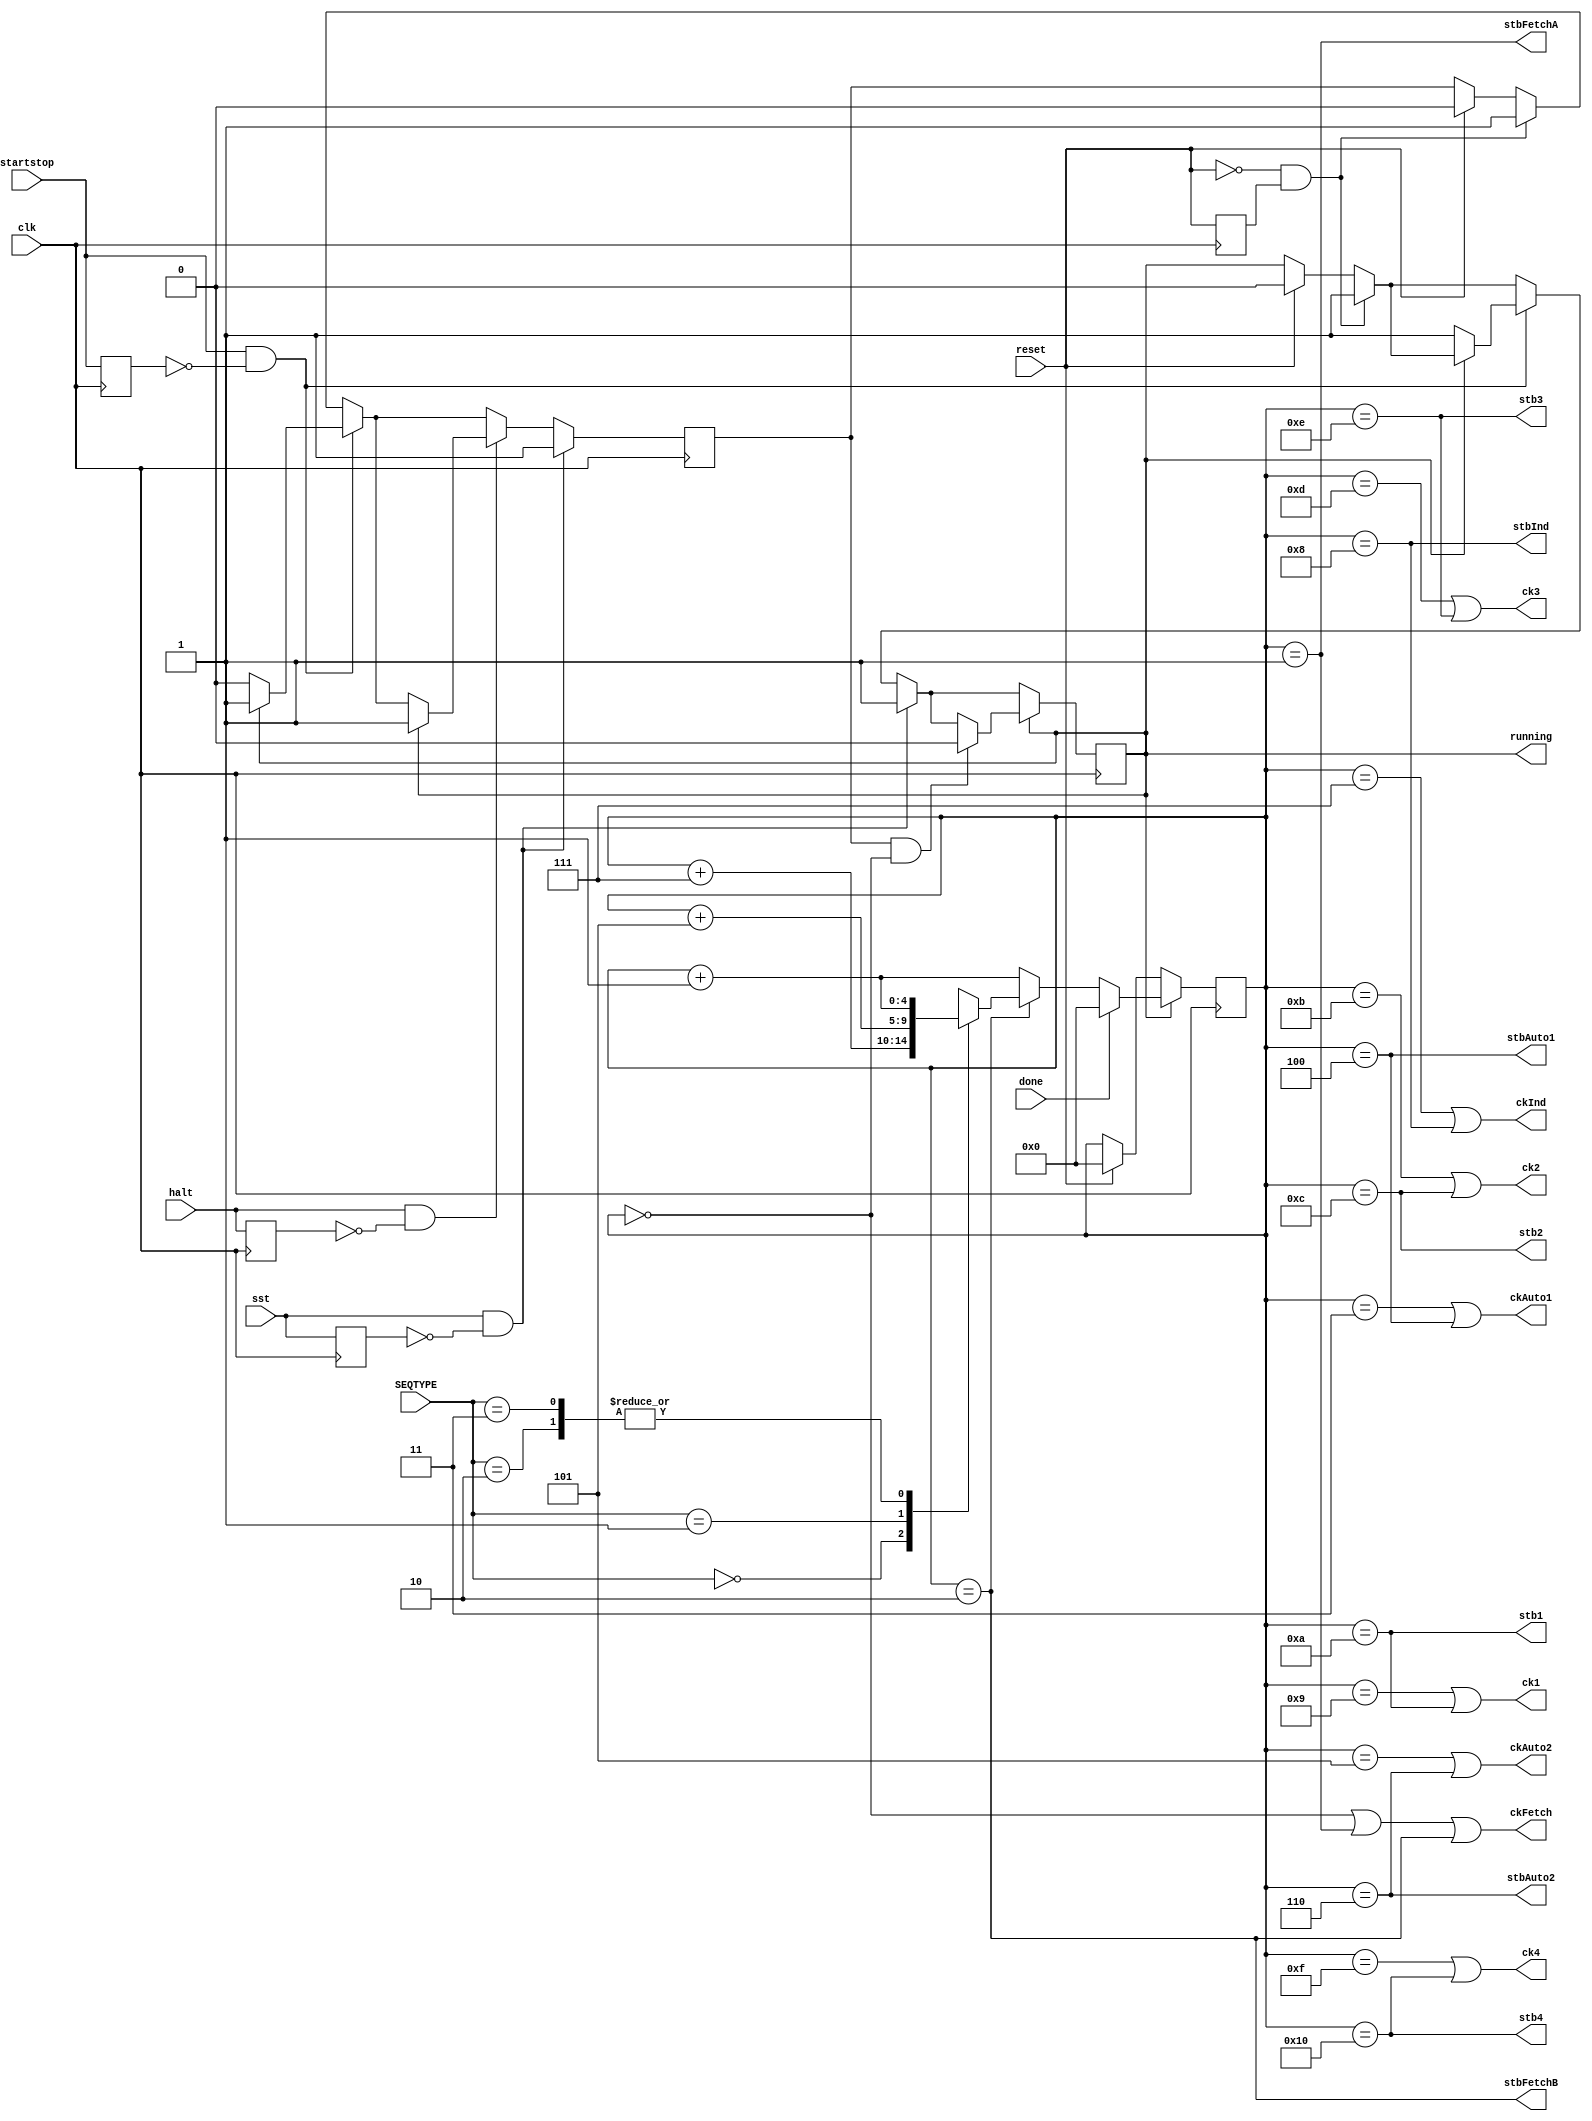
//
// Sequencer.v - for the PDP-8 in Verilog project
//
// github.com/SmallRoomLabs/PDP8-Verilog
// Mats Engstrom - mats.engstrom@gmail.com
//
// Sequencer | 0 | 8 | 0 | 20
//

`default_nettype none

module Sequencer (
  input clk,           //
  input reset,            //
  input done,             // Reset step counter before the natural end at step 31
  input halt,             // Rising edge halts at next instruction
  input startstop,        // Strobe -  toggles continous run/halt
  input sst,              // Strobe - executes one instruction 
  input [1:0] SEQTYPE,    // ({instIsPPIND,instIsIND}),
  output ckFetch, ckAuto1, ckAuto2, ckInd,
  output ck1, ck2, ck3, ck4,
  output stbFetchA, stbAuto1, stbAuto2, stbInd,
  output stb1, stb2, stb3, stb4, 
  output stbFetchB,
  output reg running=0
);


reg [4:0] stepCnt; 
reg haltAt1=0;
reg lastSst=0;
reg lastHalt=0;
reg lastReset=0;
reg lastStartstop=0;

always @(posedge clk) begin 
    if (reset) begin
        running    <= 0;
        stepCnt    <= 0;
        haltAt1 <= 0;
    end 
    
    // Auto-trigger a single instruction run at release of reset
    if (~reset & lastReset) begin running <= 1; haltAt1<=1; end
    lastReset <= reset;

    // Toggle running flag on rising edge of startstop
    if (startstop & ~lastStartstop) begin
      if (~running) begin
        running <= 1;
        haltAt1 <= 0;
      end
      if (running) haltAt1 <= 1;
    end
    lastStartstop <= startstop;

    // Turn off running flag if halt
    if (halt & ~lastHalt) begin
      if (running) haltAt1 <= 1;
    end
    lastHalt <= halt;

    // Execute a single instruction on rising edge of sst
    if (sst & ~lastSst) begin running <=1; haltAt1<=1; end
    lastSst <= sst;

    if (running) begin
      // If single stepping or asked to halt then stop at step1
      if (haltAt1 & stepCnt==0) running<=0;
      // Restart step counter when done is signalled
      if (done) stepCnt <= 0;
      else if (stepCnt==2) begin
          case (SEQTYPE)
              2'b00: stepCnt <= stepCnt+7;
              2'b01: stepCnt <= stepCnt+5;
              2'b10: stepCnt <= stepCnt+1; 
              2'b11: stepCnt <= stepCnt+1;
          endcase
      end else begin
        stepCnt <= stepCnt+1;
      end
    end

end

assign ckFetch   = stepCnt==0 || stepCnt==1 || stepCnt==2;
assign stbFetchA = stepCnt==1;
assign stbFetchB = stepCnt==2;

assign ckAuto1   = stepCnt==3 || stepCnt==4;
assign stbAuto1  = stepCnt==4;
assign ckAuto2   = stepCnt==5 || stepCnt==6;
assign stbAuto2  = stepCnt==6;

assign ckInd     = stepCnt==7 || stepCnt==8;
assign stbInd    = stepCnt==8;

assign ck1       = stepCnt==9 || stepCnt==10;
assign stb1      = stepCnt==10;
assign ck2       = stepCnt==11 || stepCnt==12;
assign stb2      = stepCnt==12;
assign ck3       = stepCnt==13 || stepCnt==14;
assign stb3      = stepCnt==14;
assign ck4       = stepCnt==15 || stepCnt==16;
assign stb4      = stepCnt==16;


endmodule


// ckFetch and stbFetch are used in:
//-------------------------------------
//   PDP8.v
//    Affects busAddress via busAddress_pc
//
//
//   InstructionFetch.v
//      Affects ram_oe and pc_ck
//      Afects programCounters CK and FETCH
//      Affects InstructionRegisters LATCH
//
//   InstructionIOT600x.v
//      Affects irqOverride
//

//
//
//           AAAAAAAAAAA B     C     D     E     F     AAAAAAAAAAAAA
//           +-----+-----+-----+-----+                 +-----+-----+
// ckFetch                           |                 |            
//                                   +-----+-----+-----+ 
//          
//                       +-----+                                     
// stbFetch1             |     |                                    
//           +-----+-----+     +-----+-----+-----+-----+-----+-----+
//          
//                             +-----+                               
// stbFetch2                   |     |                              
//           +-----+-----+-----+     +-----+-----+-----+-----+-----+
//          
//                                   +-----+-----+                   
//  ck1                              |           |                  
//           +-----+-----+-----+-----+           +-----+-----+-----+
//          
//                                         +-----+                   
//  stb1                                   |     |                  
//           +-----+-----+-----+-----+-----+     +-----+-----+-----+
//          
//                                               +-----+             
//  done                                         |     |            
//           +-----+-----+-----+-----+-----+-----+     +-----+-----+
//           AAAAAAAAAAA B     C     D     E     F     AAAAAAAAAAAAA
//          
//
// A Idle state - Enable ramOE, output PC onto addressBus